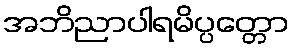
အဘိညာပါရမိပ္ပတ္တော